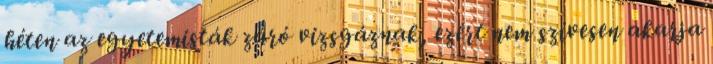
héten az egyetemisták záró vizsgáznak, ezért nem szívesen akarja